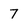
Character: 7